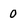
Character: 0